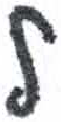
אות: ל